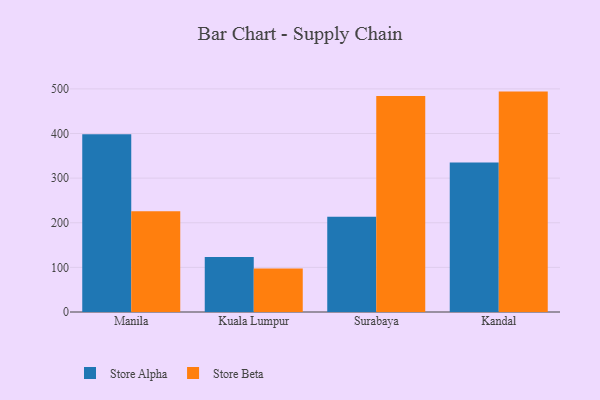
{"axis": {"x": "City", "y": "Temperature (°C)"}, "legend": ["Store Alpha", "Store Beta"], "data": [{"x": "Manila", "y": 398.3, "type": "Store Alpha"}, {"x": "Manila", "y": 225.5, "type": "Store Beta"}, {"x": "Kuala Lumpur", "y": 123.1, "type": "Store Alpha"}, {"x": "Kuala Lumpur", "y": 97.3, "type": "Store Beta"}, {"x": "Surabaya", "y": 213.4, "type": "Store Alpha"}, {"x": "Surabaya", "y": 484.2, "type": "Store Beta"}, {"x": "Kandal", "y": 335.0, "type": "Store Alpha"}, {"x": "Kandal", "y": 493.9, "type": "Store Beta"}]}